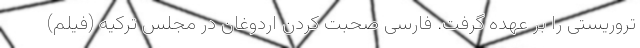
تروریستی را بر عهده گرفت. فارسی صحبت کردن اردوغان در مجلس ترکیه (فیلم)